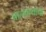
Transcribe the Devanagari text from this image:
बालकथांचा